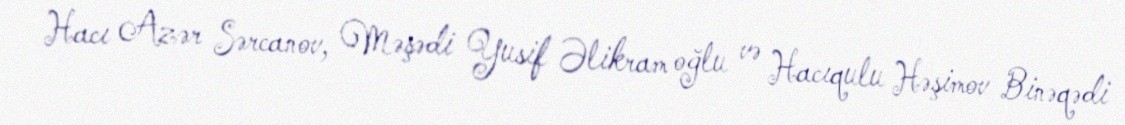
Hacı Azər Sərcanov, Məşədi Yusif Əlikram oğlu və Hacıqulu Həşimov Binəqədi